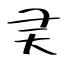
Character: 㚑